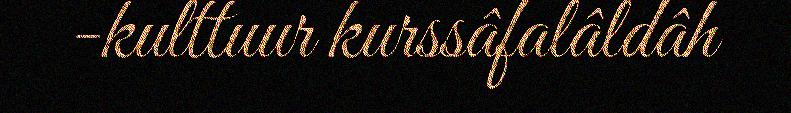
-kulttuur kurssâfalâldâh